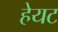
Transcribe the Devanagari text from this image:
हेयट